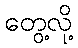
တွေ့လို့